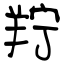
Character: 羜